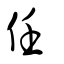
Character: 任